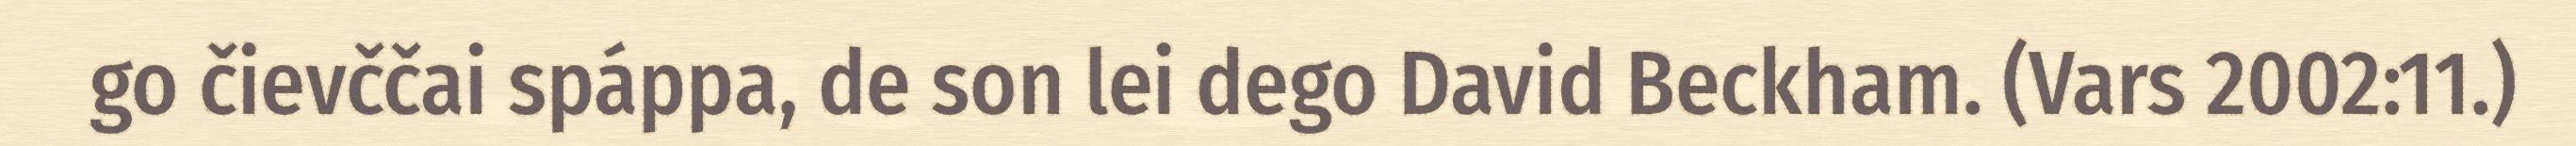
go čievččai spáppa, de son lei dego David Beckham. (Vars 2002:11.)